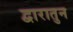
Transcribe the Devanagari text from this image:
द्वारातुन